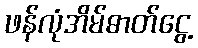
ဖန်လုံအိမ်ဓာတ်ငွေ့